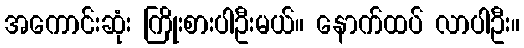
အကောင်းဆုံး ကြိုးစားပါဦးမယ်။ နောက်ထပ် လာပါဦး။